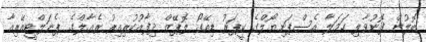
ބޮލުން ފޮނުވާލި ހަމަލާ އެސްޕަނިޔޯލްގެ ކީޕަރު ޑިއޭގޯ ލޮޕޭޒް ދިފާއުކުރިއިރު ރެއާލްގެ ޕެނަލްޓީއޭރިއާ